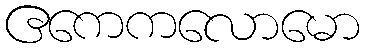
ဧကေကလောမော